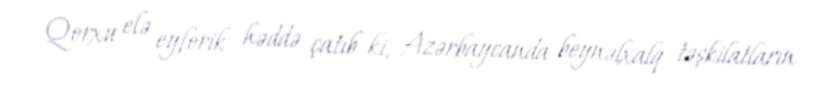
Qorxu elə eyforik həddə çatıb ki, Azərbaycanda beynəlxalq təşkilatların